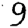
Digit: 9